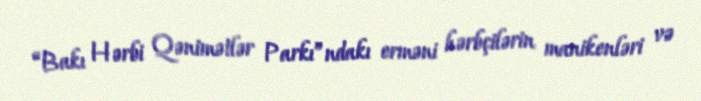
“Bakı Hərbi Qənimətlər Parkı”ndakı erməni hərbçilərin manikenləri və